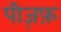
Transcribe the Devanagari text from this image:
पीज़फ़